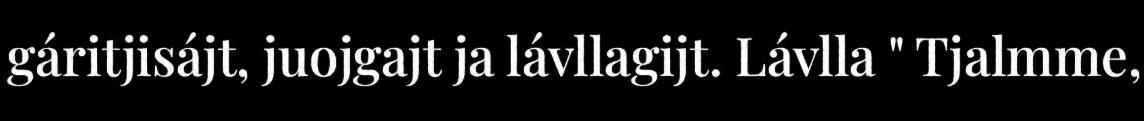
gáritjisájt, juojgajt ja lávllagijt. Lávlla " Tjalmme,